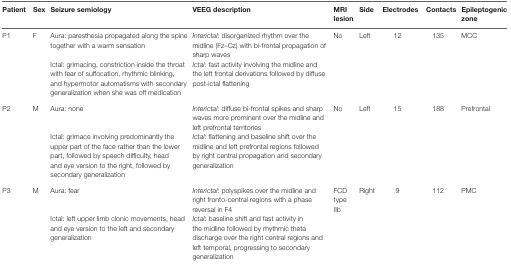
| Patient | Sex | Seizure semiology | VEEG description | MRI lesion | Side | Electrodes | Contacts | Epileptogenic zone |
 | --- | --- | --- | --- | --- | --- | --- | --- | --- |
 | <ROWSPAN=2> P1 | <ROWSPAN=2> F | Aura: paresthesia propagated along the spine together with a warm sensation | Interictal: disorganized rhythm over the midline (Fz–Cz) with bi-frontal propagation of sharp waves | <ROWSPAN=2> No | <ROWSPAN=2> Left | <ROWSPAN=2> 12 | <ROWSPAN=2> 135 | <ROWSPAN=2> MCC |
 | Ictal: grimacing, constriction inside the throat with fear of suffocation, rhythmic blinking, and hypermotor automatisms with secondary generalization when she was off medication | Ictal: fast activity involving the midline and the left frontal derivations followed by diffuse post-ictal flattening |
 | <ROWSPAN=2> P2 | <ROWSPAN=2> M | Aura: none | Interictal: diffuse bi-frontal spikes and sharp waves more prominent over the midline and left prefrontal territories | <ROWSPAN=2> No | <ROWSPAN=2> Left | <ROWSPAN=2> 15 | <ROWSPAN=2> 188 | <ROWSPAN=2> Prefrontal |
 | Ictal: grimace involving predominantly the upper part of the face rather than the lower part, followed by speech difficulty, head and eye version to the right, followed by secondary generalization | Ictal: flattening and baseline shift over the midline and left prefrontal regions followed by right central propagation and secondary generalization |
 | <ROWSPAN=2> P3 | <ROWSPAN=2> M | Aura: fear | Interictal: polyspikes over the midline and right fronto-central regions with a phase reversal in F4 | <ROWSPAN=2> FCD type IIb | <ROWSPAN=2> Right | <ROWSPAN=2> 9 | <ROWSPAN=2> 112 | <ROWSPAN=2> PMC |
 | Ictal: left upper limb clonic movements, head and eye version to the left and secondary generalization | Ictal: baseline shift and fast activity in the midline followed by rhythmic theta discharge over the right central regions and left temporal, progressing to secondary generalization |